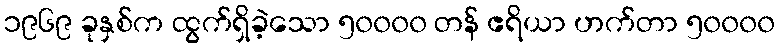
၁၉၆၉ ခုနှစ်က ထွက်ရှိခဲ့သော ၅၀၀၀၀ တန် ဧရိယာ ဟက်တာ ၅၀၀၀၀